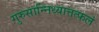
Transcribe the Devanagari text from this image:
गुरुसान्निध्यात्तत्फलं